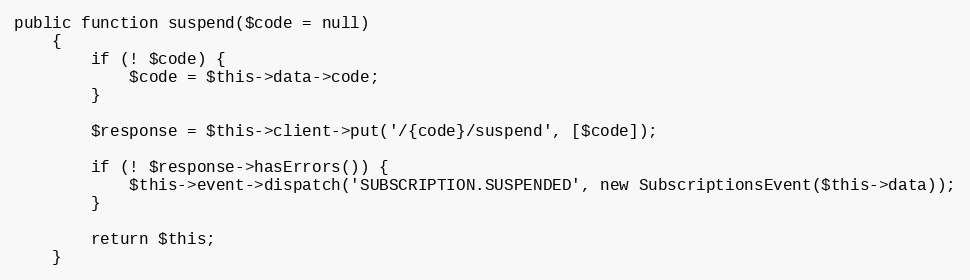
Language: PHP
public function suspend($code = null)
    {
        if (! $code) {
            $code = $this->data->code;
        }

        $response = $this->client->put('/{code}/suspend', [$code]);

        if (! $response->hasErrors()) {
            $this->event->dispatch('SUBSCRIPTION.SUSPENDED', new SubscriptionsEvent($this->data));
        }

        return $this;
    }